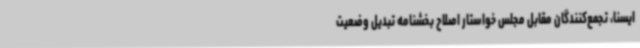
ایسنا، تجمع‌کنندگان مقابل مجلس خواستار اصلاح بخشنامه تبدیل وضعیت